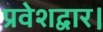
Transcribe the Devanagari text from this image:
प्रवेशद्वार।